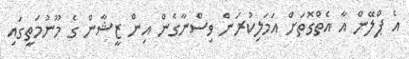
އެ ޕްލޭން އާ އެތްގޮތަށް އަމަލިކުރަން ވިސްނާގެން އިން ޒީޝާން ގެ މޫނުމަތީގައި